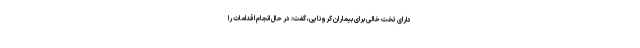
دارای تخت خالی برای بیماران کرونایی، گفت: در حال انجام اقدامات را